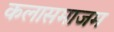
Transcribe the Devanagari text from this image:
कलासमाजम